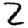
Digit: 2